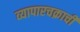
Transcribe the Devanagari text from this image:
व्यापारचक्राची